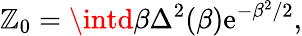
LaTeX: \mathbb{Z}_{0}=\intd\beta\Delta^{2}(\beta)\mathrm{{e}}^{-\beta^{2}/2},